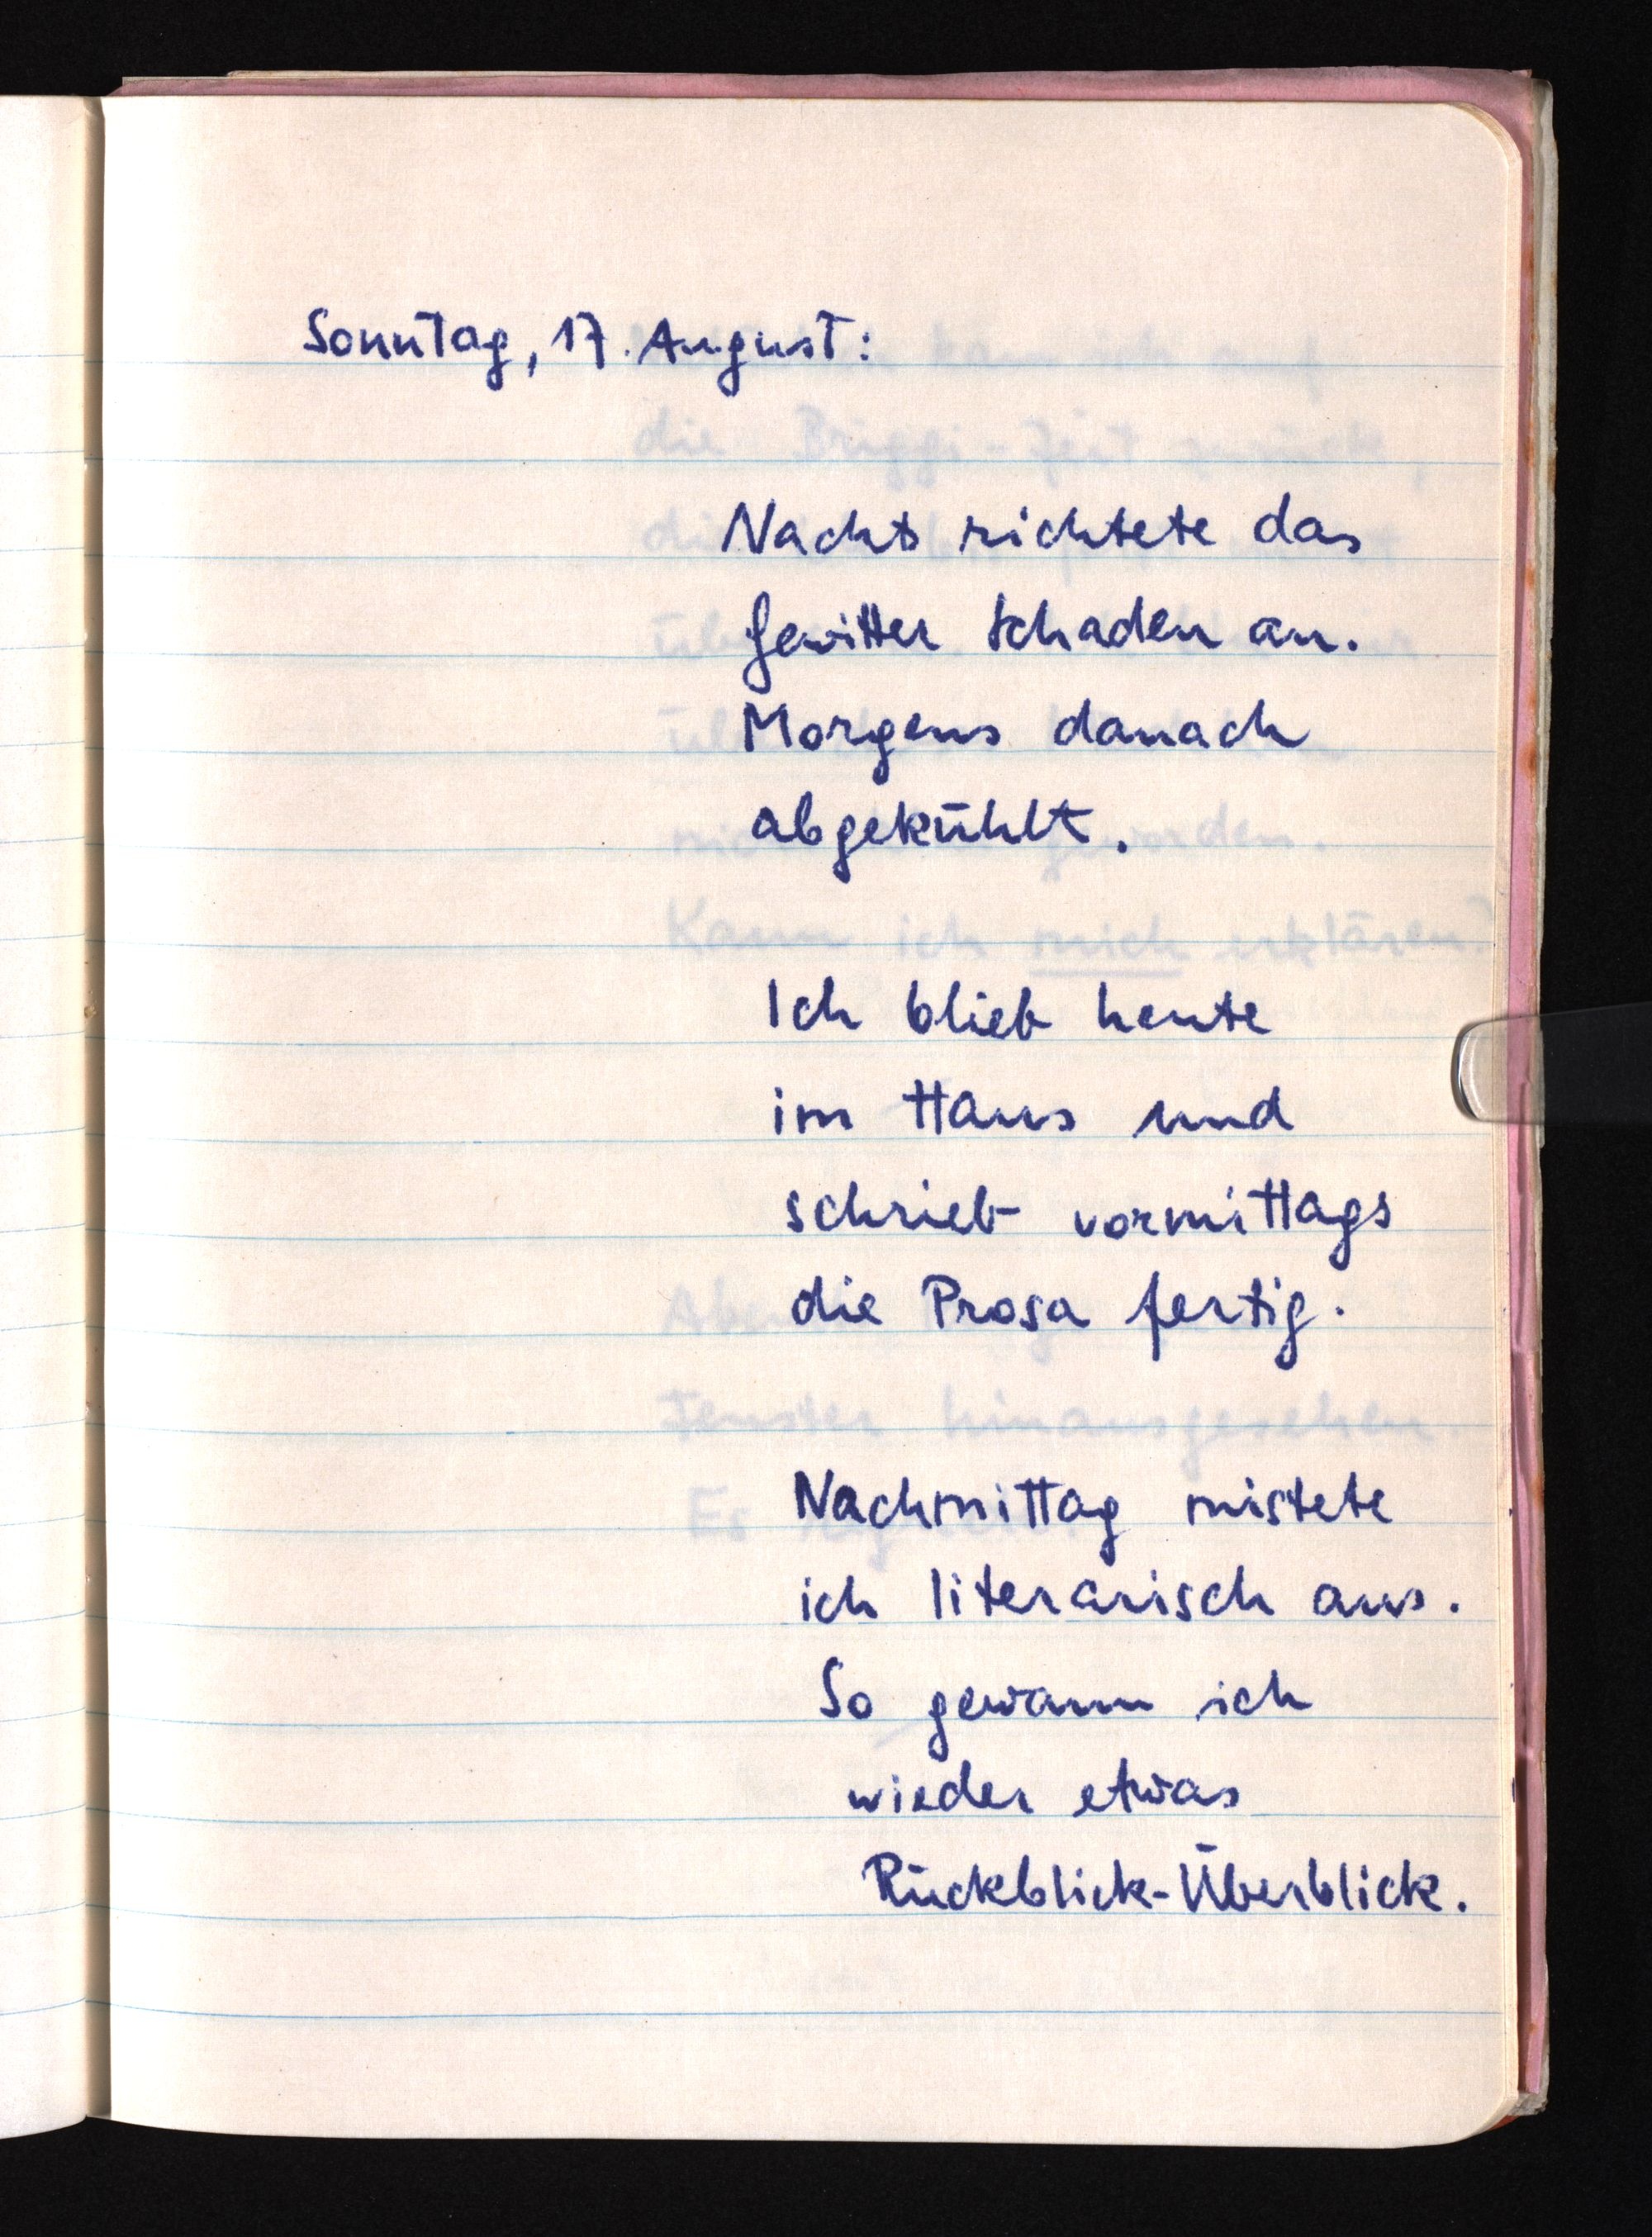
Sonntag, 17. August:
Nachts richtete das
Gewitter Schaden an.
Morgens danach
abgekühlt.
Ich blieb heute
im Haus und
schrieb vormittags
die Prosa fertig.
Nachmittag mistete
ich literarisch aus.
So gewann ich
wieder etwas
Rückblick-Überblick.